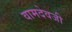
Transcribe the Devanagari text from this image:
वामदेवजी